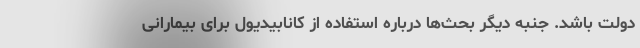
دولت باشد. جنبه دیگر بحث‌ها درباره استفاده از کانابیدیول برای بیمارانی